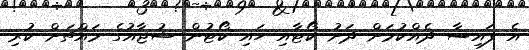
އެ ފައިސާ ދެއްކުމަށް ދަށު ކޯޓާއި ހައި ކޯޓުން ޝުޖާއުގެ މައްޗަށް ކުރި